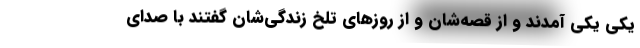
یکی یکی آمدند و از قصه‌شان و از روزهای تلخ زندگی‌شان گفتند با صدای